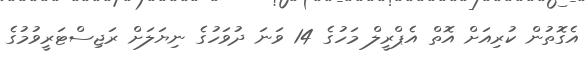
އެގޮތުން ކުރިއަށް އޮތް އެޕްރީލް މަހުގެ 14 ވަނަ ދުވަހުގެ ނިޔަލަށް ރަޖިސްޓަރީވުމުގެ